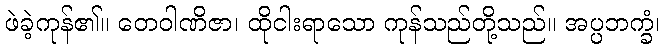
ဖဲခဲ့ကုန်၏။ တေဝါဏိဇာ၊ ထိုငါးရာသော ကုန်သည်တို့သည်။ အပ္ပဘက္ခံ၊